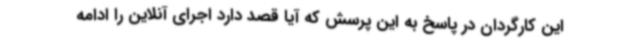
این کارگردان در پاسخ به این پرسش که آیا قصد دارد اجرای آنلاین را ادامه